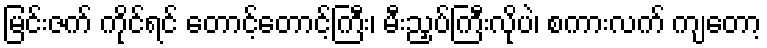
မြင်းဇက် ကိုင်ရင် တောင့်တောင့်ကြီး၊ မီးညှပ်ကြီးလိုပဲ၊ စကားလက် ကျတော့